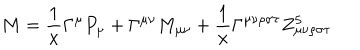
M = \frac { 1 } { x } \Gamma ^ { \mu } P _ { \mu } + \Gamma ^ { \mu \nu } M _ { \mu \nu } + \frac { 1 } { x } \Gamma ^ { \mu \nu \rho \sigma \tau } Z _ { \mu \nu \rho \sigma \tau } ^ { 5 }